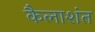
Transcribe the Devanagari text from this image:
कैलाशंत